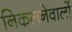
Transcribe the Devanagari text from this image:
निकलनेवालों